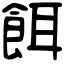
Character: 餌